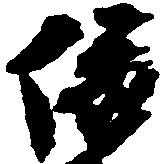
依